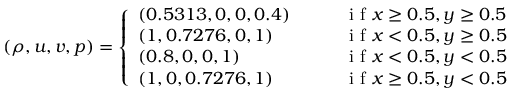
\begin{array} { r } { ( \rho , u , v , p ) = \left\{ \begin{array} { l l } { ( 0 . 5 3 1 3 , 0 , 0 , 0 . 4 ) \qquad } & { \mathrm { ~ i ~ f ~ } x \ge 0 . 5 , y \ge 0 . 5 } \\ { ( 1 , 0 . 7 2 7 6 , 0 , 1 ) } & { \mathrm { ~ i ~ f ~ } x < 0 . 5 , y \ge 0 . 5 } \\ { ( 0 . 8 , 0 , 0 , 1 ) } & { \mathrm { ~ i ~ f ~ } x < 0 . 5 , y < 0 . 5 } \\ { ( 1 , 0 , 0 . 7 2 7 6 , 1 ) } & { \mathrm { ~ i ~ f ~ } x \ge 0 . 5 , y < 0 . 5 } \end{array} \right. } \end{array}